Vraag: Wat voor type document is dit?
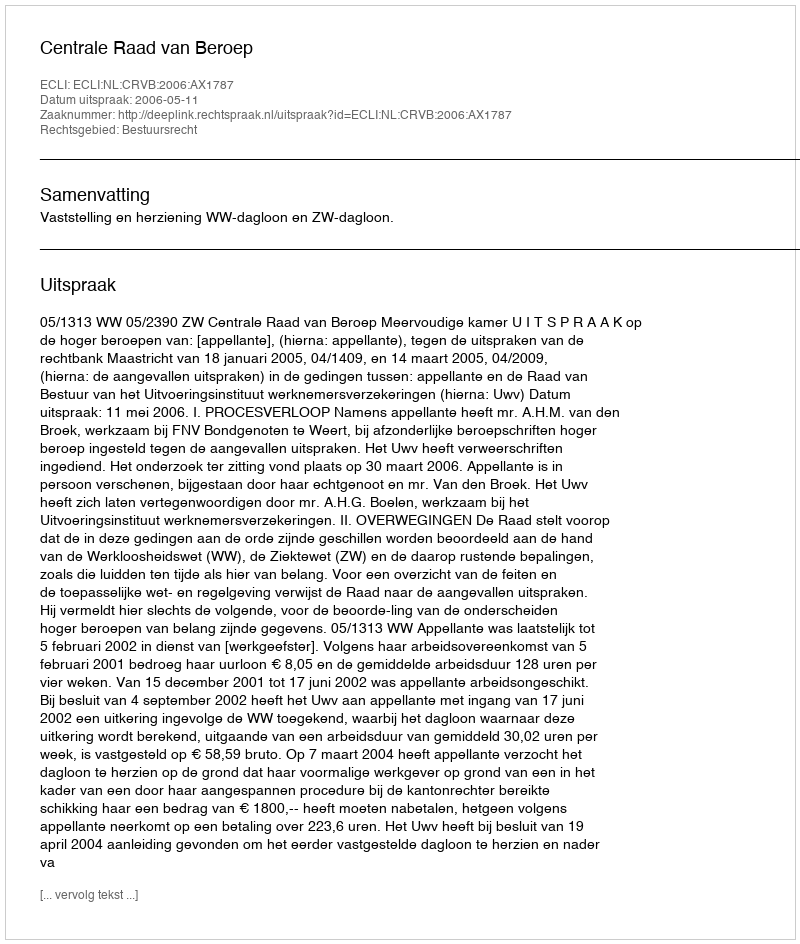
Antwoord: Uitspraak